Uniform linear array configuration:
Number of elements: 64
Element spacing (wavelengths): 0.75
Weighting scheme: uniform
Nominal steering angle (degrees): -45
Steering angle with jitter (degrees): -44.911
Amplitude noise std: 0.05
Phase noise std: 0.05

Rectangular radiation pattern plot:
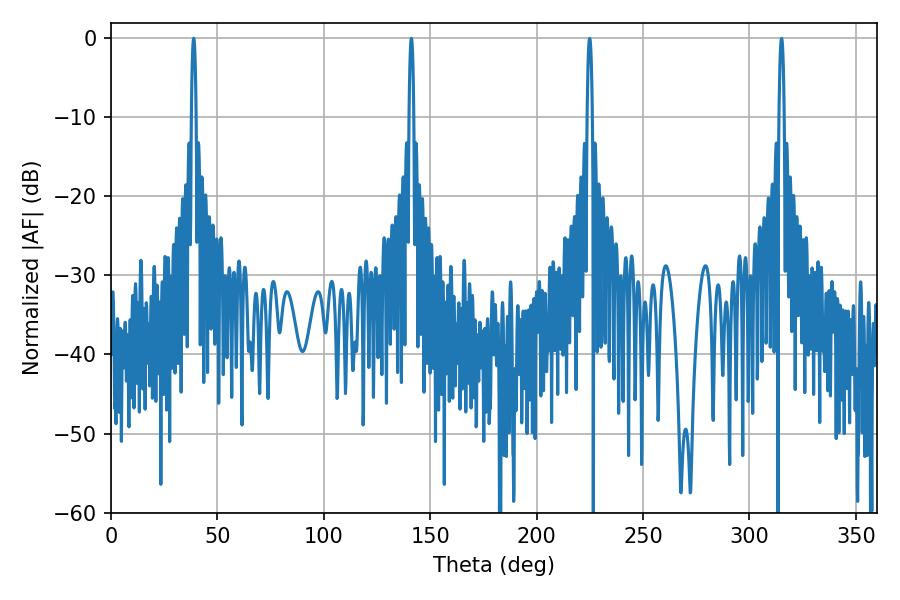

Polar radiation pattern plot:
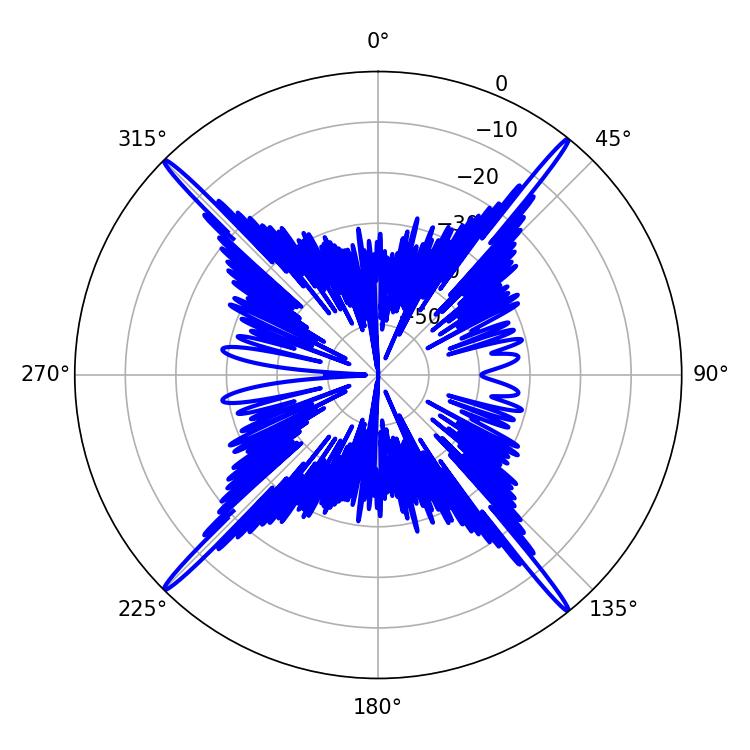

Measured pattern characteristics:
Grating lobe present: TRUE
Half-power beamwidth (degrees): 1.08
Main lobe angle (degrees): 38.88